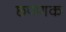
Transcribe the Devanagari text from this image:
छपणक